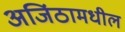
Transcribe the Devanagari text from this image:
अजिंठामधील